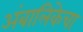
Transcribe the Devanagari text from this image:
अंबालिकेचा